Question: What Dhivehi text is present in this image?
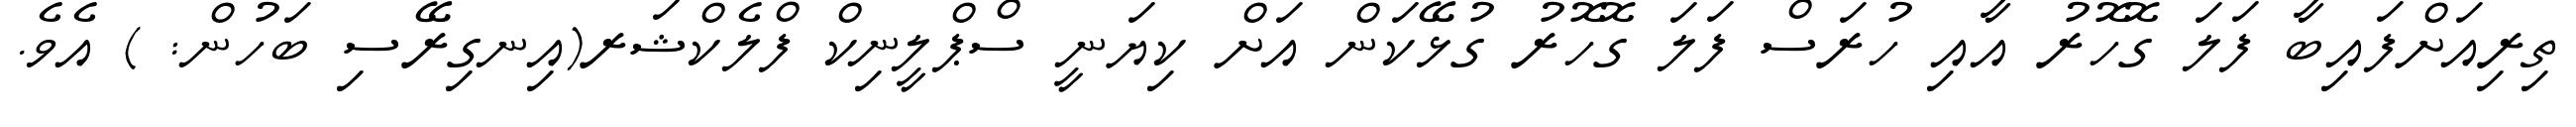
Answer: ތިރިއަށްފައިބާ ފަލަ ގޮހޮރު އާއި ހުރަސް ފަލަ ގޮހޮރު ގުޅޭކަން އަށް ކިޔަނީ ސްޕްލީނިކް ފްލެކްޝަރ(އިނގިރޭސި ބަހުން: ) އެވެ.